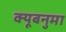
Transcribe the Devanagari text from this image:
क्यूबनुमा